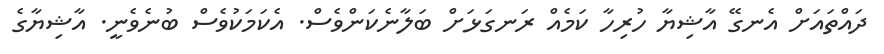
ދައްތައަށް އެނގޭ އާޝިޔާ ހުރިހާ ކަމެއް ރަނގަޅަށް ބަލާނެކަންވެސް. އެކަމަކުވެސް ބުނެވެނީ. އާޝިޔާގެ